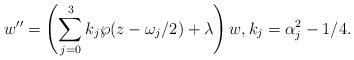
LaTeX: \begin{align*}w''=\left(\sum_{j=0}^3 k_j\wp(z-\omega_j/2)+\lambda\right) w, k_j=\alpha_j^2-1/4.\end{align*}